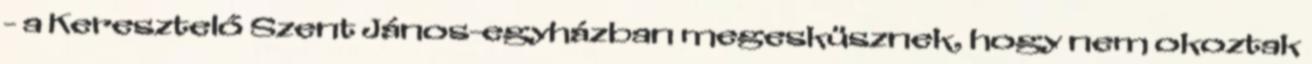
- a Keresztelő Szent János-egyházban megesküsznek, hogy nem okoztak